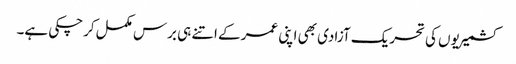
کشمیریوں کی تحریک آزادی بھی اپنی عمر کے اتنے ہی برس مکمل کرچکی ہے۔